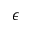
\epsilon